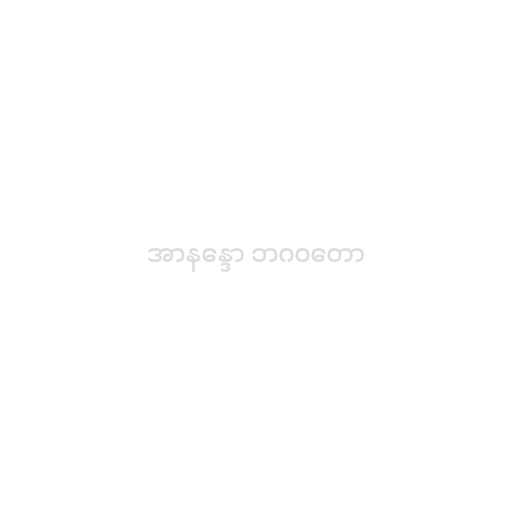
အာနန္ဒော ဘဂဝတော